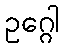
ဥဂ္ဂေါ